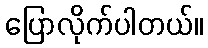
ပြောလိုက်ပါတယ်။